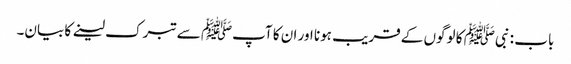
باب : نبیﷺ کا لوگوں کے قریب ہونا اور ان کا آپﷺ سے تبرک لینے کا بیان۔